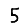
Digit: 5